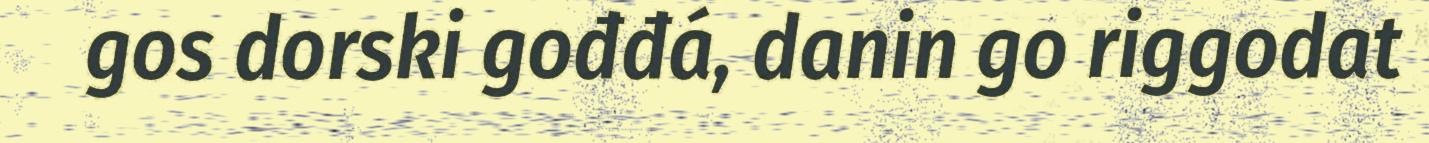
gos dorski gođđá, danin go riggodat